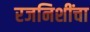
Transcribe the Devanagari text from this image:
रजनिशींचा